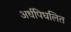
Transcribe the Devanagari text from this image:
अर्धपिघलित